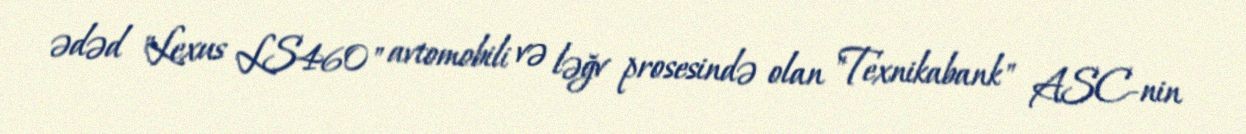
ədəd "Lexus LS460" avtomobili və ləğv prosesində olan "Texnikabank" ASC-nin